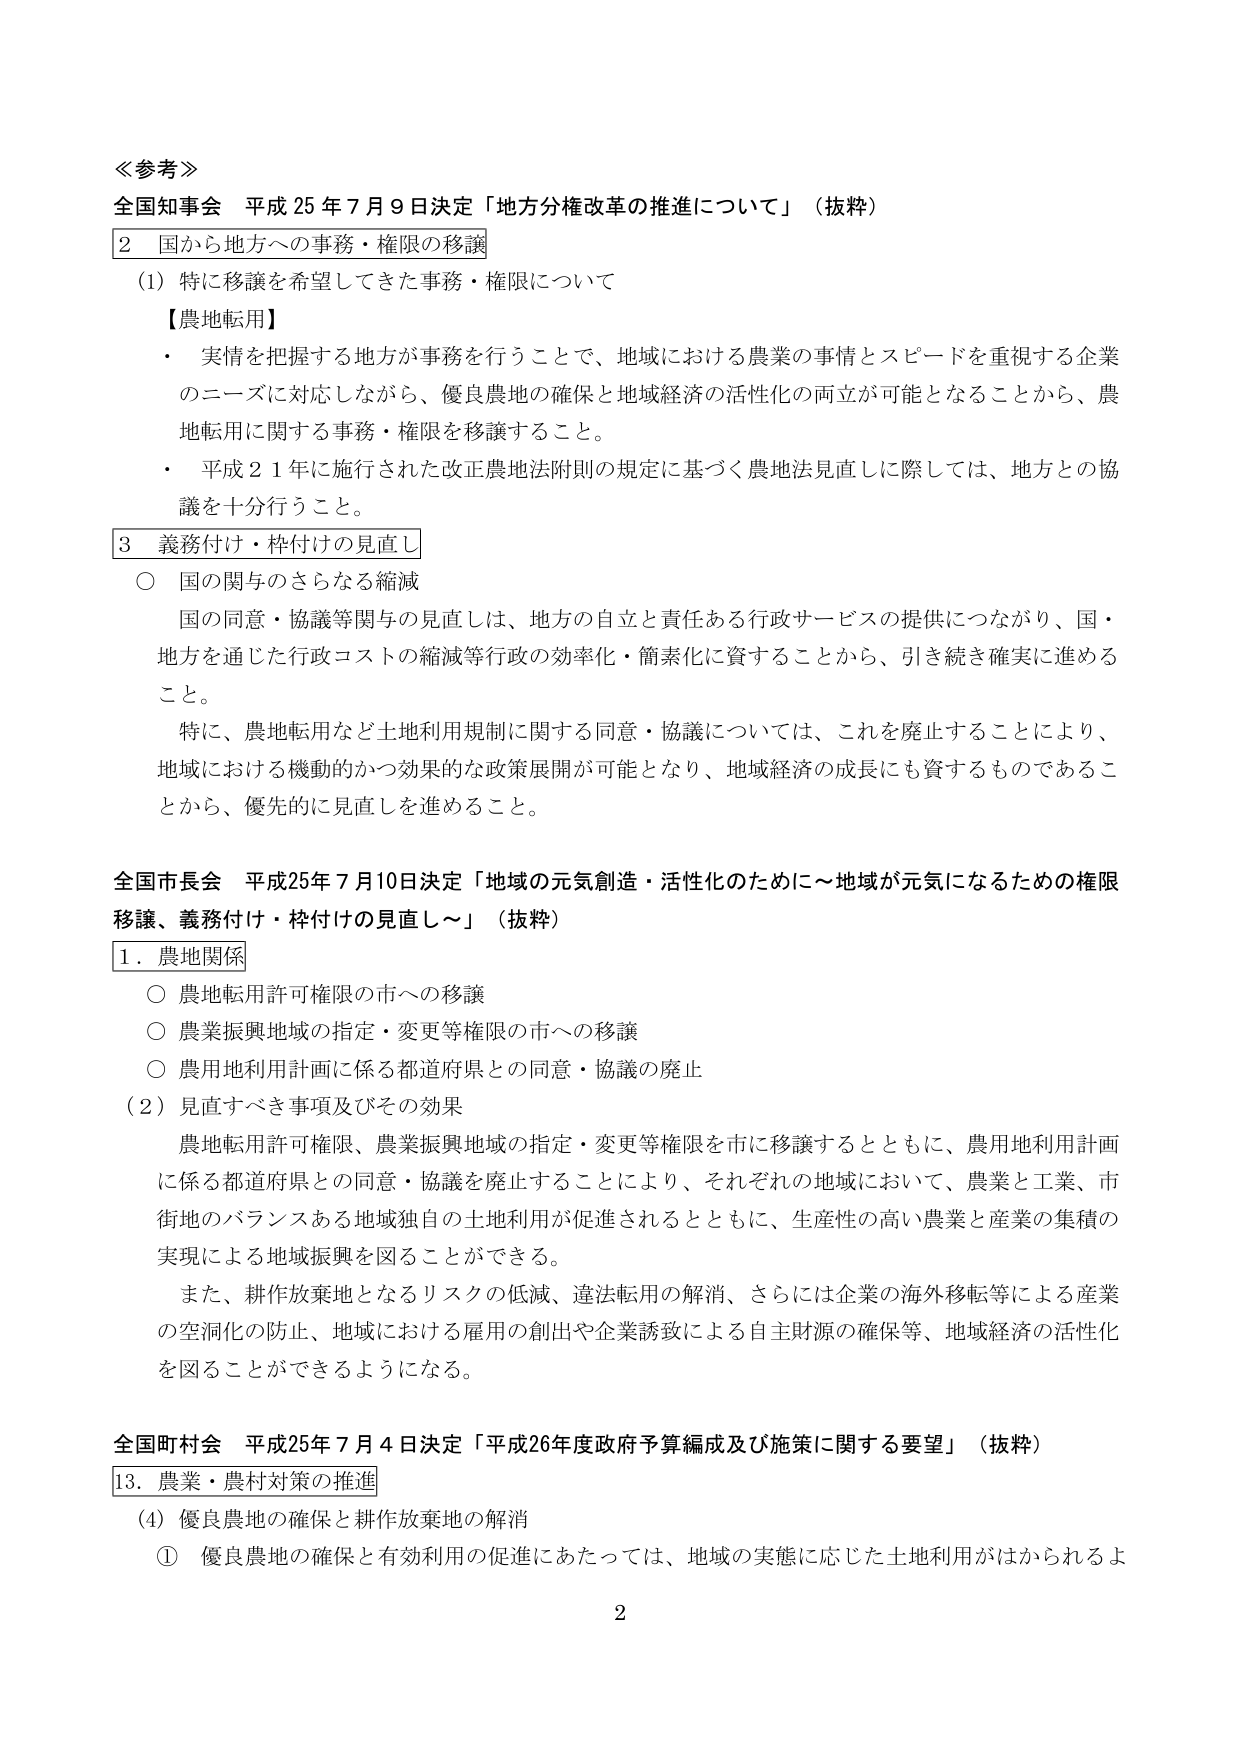
≪参考≫
全国知事会 平成25年7月9日決定「地方分権改革の推進について」（抜粋）
2 国から地方への事務・権限の移譲
（1）特に移譲を希望してきた事務・権限について
【農地転用】
・ 実情を把握する地方が事務を行うことで、地域における農業の事情とスピードを重視する企業のニーズに対応しながら、優良農地の確保と地域経済の活性化の両立が可能となることから、農地転用に関する事務・権限を移譲すること。
・ 平成21年に施行された改正農地法附則の規定に基づく農地法見直しに際しては、地方との協議を十分行うこと。
3 義務付け・枠付けの見直し
○ 国の関与のさらなる縮減
国の同意・協議等関与の見直しは、地方の自立と責任ある行政サービスの提供につながり、国・地方を通じた行政コストの縮減等行政の効率化・簡素化に資することから、引き続き確実に進める こと。
特に、農地転用など土地利用規制に関する同意・協議については、これを廃止することにより、地域における機動的かつ効果的な政策展開が可能となり、地域経済の成長にも資するものであるこ とから、優先的に見直しを進めること。

全国市長会 平成25年7月10日決定「地域の元気創造・活性化のために～地域が元気になるための権限移譲、義務付け・枠付けの見直し～」（抜粋）
1．農地関係
○ 農地転用許可権限の市への移譲
○ 農業振興地域の指定・変更等権限の市への移譲
○ 農用地利用計画に係る都道府県との同意・協議の廃止
（2）見直すべき事項及びその効果
農地転用許可権限、農業振興地域の指定・変更等権限を市に移譲するとともに、農用地利用計画に係る都道府県との同意・協議を廃止することにより、それぞれの地域において、農業と工業、市街地のバランスある地域独自の土地利用が促進されるとともに、生産性の高い農業と産業の集積の実現による地域振興を図ることができる。
また、耕作放棄地となるリスクの低減、違法転用の解消、さらには企業の海外移転等による産業の空洞化の防止、地域における雇用の創出や企業誘致による自主財源の確保等、地域経済の活性化を図ることができるようになる。

全国町村会 平成25年7月4日決定「平成26年度政府予算編成及び施策に関する要望」（抜粋）
13．農業・農村対策の推進
（4）優良農地の確保と耕作放棄地の解消
① 優良農地の確保と有効利用の促進にあたっては、地域の実態に応じた土地利用がはかられるよ
2